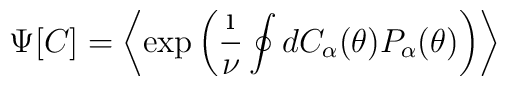
\Psi[C] = \left \langle \exp	\left(	   \frac{\i}{\nu}\oint d C_{\alpha}(\theta)P_{\alpha}(\theta)	\right) \right \rangle